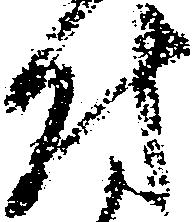
付